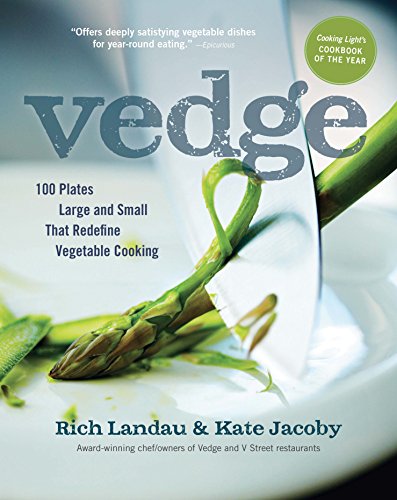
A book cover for Vedge: 100 Plates Large and Small That Redefine Vegetable Cooking; Rich Landau; Cookbooks, Food & Wine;